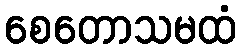
စေတောသမထံ